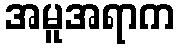
အမူအရာက